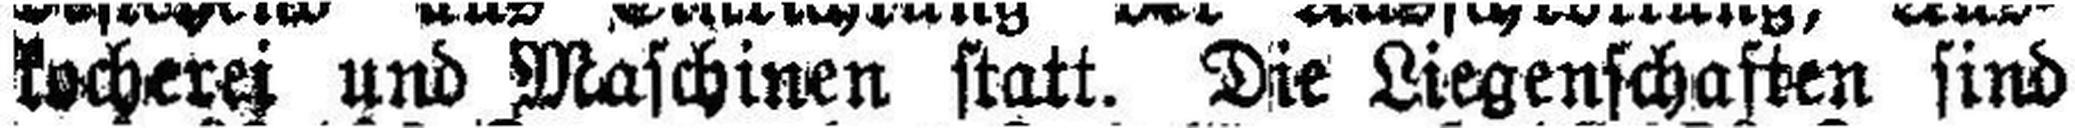
kocherei und Maschinen statt. Die Liegenschasten sind